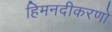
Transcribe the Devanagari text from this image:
हिमनदीकरणों